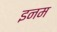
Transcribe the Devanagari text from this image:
इनम